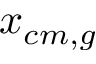
x _ { c m , g }